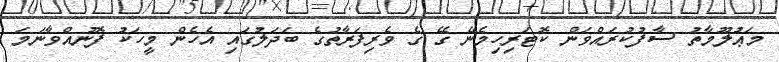
މަޢުލޫމާތު ސާފުކުރައްވަން ކޮޓަރިހިމެނޭ ގޭ ގެ ވެރިފަރާތުގެ ބަދަލުގައި އެހެން މީހަކު ފޮނުއްވާނަމަ